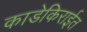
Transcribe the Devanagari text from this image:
काडेकिराईत